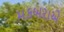
મકબરાએ